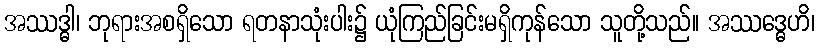
အဿဒ္ဓါ၊ ဘုရားအစရှိသော ရတနာသုံးပါး၌ ယုံကြည်ခြင်းမရှိကုန်သော သူတို့သည်။ အဿဒ္ဓေဟိ၊